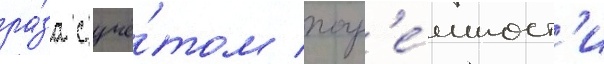
ра́за с учё́том погр'е́шност'и